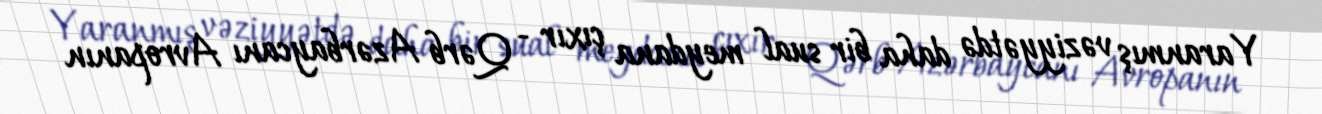
Yaranmış vəziyyətdə daha bir sual meydana çıxır - Qərb Azərbaycanı Avropanın